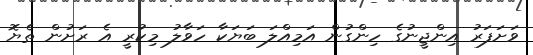
ވަށަފަރު އިންޖީނުގެ ހިންގުން އަމިއްލަ ބަޔަކާ ހަވާލު މިކުރީ އެ ރަށުން ތެޔޮ